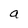
Character: a